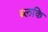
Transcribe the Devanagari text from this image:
ब्लकि